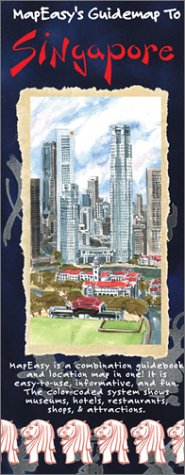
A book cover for MapEasy's Guidemap to Singapore; MapEasy Inc.; Travel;